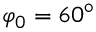
\varphi _ { 0 } = 6 0 ^ { \circ }